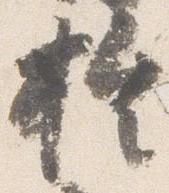
於